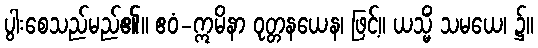
ပွါးစေသည်မည်၏။ ဧဝံ-ဣမိနာ ဝုတ္တနယေန၊ ဖြင့်။ ယသ္မိံ သမယေ၊ ၌။